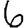
Digit: 6